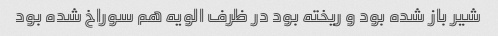
شیر باز شده بود و ریخته بود در ظرف الویه هم سوراخ شده بود